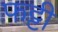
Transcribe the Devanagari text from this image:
फट्टी